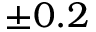
\pm 0 . 2